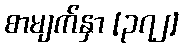
စာမျက်နှာ [၃၇၂]